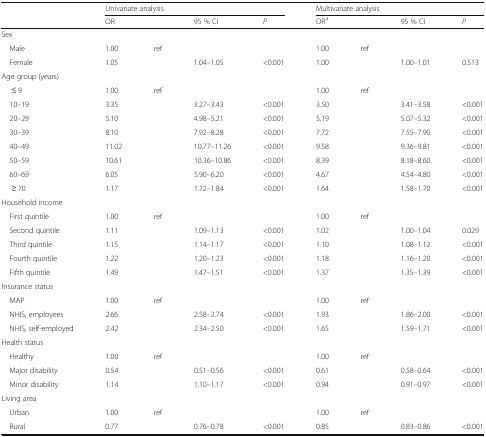
<table><thead><tr><td rowspan="2"></td><td colspan="4"><b>Univariate analysis</b></td><td colspan="4"><b>Multivariate analysis</b></td></tr><tr><td><b>OR</b></td><td></td><td><b>95 % CI</b></td><td><b><i>P</i></b></td><td><b>OR<sup>a</sup></b></td><td></td><td><b>95 % CI</b></td><td><b><i>P</i></b></td></tr></thead><tbody><tr><td colspan="9">Sex</td></tr><tr><td> Male</td><td>1.00</td><td>ref</td><td></td><td></td><td>1.00</td><td>ref</td><td></td><td></td></tr><tr><td> Female</td><td>1.05</td><td></td><td>1.04–1.05</td><td>&lt;0.001</td><td>1.00</td><td></td><td>1.00–1.01</td><td>0.513</td></tr><tr><td colspan="9">Age group (years)</td></tr><tr><td>≤ 9</td><td>1.00</td><td>ref</td><td></td><td></td><td>1.00</td><td>ref</td><td></td><td></td></tr><tr><td> 10–19</td><td>3.35</td><td></td><td>3.27–3.43</td><td>&lt;0.001</td><td>3.50</td><td></td><td>3.41–3.58</td><td>&lt;0.001</td></tr><tr><td> 20–29</td><td>5.10</td><td></td><td>4.98–5.21</td><td>&lt;0.001</td><td>5.19</td><td></td><td>5.07–5.32</td><td>&lt;0.001</td></tr><tr><td> 30–39</td><td>8.10</td><td></td><td>7.92–8.28</td><td>&lt;0.001</td><td>7.72</td><td></td><td>7.55–7.90</td><td>&lt;0.001</td></tr><tr><td> 40–49</td><td>11.02</td><td></td><td>10.77–11.26</td><td>&lt;0.001</td><td>9.58</td><td></td><td>9.36–9.81</td><td>&lt;0.001</td></tr><tr><td> 50–59</td><td>10.61</td><td></td><td>10.36–10.86</td><td>&lt;0.001</td><td>8.39</td><td></td><td>8.18–8.60</td><td>&lt;0.001</td></tr><tr><td> 60–69</td><td>6.05</td><td></td><td>5.90–6.20</td><td>&lt;0.001</td><td>4.67</td><td></td><td>4.54–4.80</td><td>&lt;0.001</td></tr><tr><td>≥ 70</td><td>1.17</td><td></td><td>1.72–1.84</td><td>&lt;0.001</td><td>1.64</td><td></td><td>1.58–1.70</td><td>&lt;0.001</td></tr><tr><td colspan="9">Household income</td></tr><tr><td> First quintile</td><td>1.00</td><td>ref</td><td></td><td></td><td>1.00</td><td>ref</td><td></td><td></td></tr><tr><td> Second quintile</td><td>1.11</td><td></td><td>1.09–1.13</td><td>&lt;0.001</td><td>1.02</td><td></td><td>1.00–1.04</td><td>0.029</td></tr><tr><td> Third quintile</td><td>1.15</td><td></td><td>1.14–1.17</td><td>&lt;0.001</td><td>1.10</td><td></td><td>1.08–1.12</td><td>&lt;0.001</td></tr><tr><td> Fourth quintile</td><td>1.22</td><td></td><td>1.20–1.23</td><td>&lt;0.001</td><td>1.18</td><td></td><td>1.16–1.20</td><td>&lt;0.001</td></tr><tr><td> Fifth quintile</td><td>1.49</td><td></td><td>1.47–1.51</td><td>&lt;0.001</td><td>1.37</td><td></td><td>1.35–1.39</td><td>&lt;0.001</td></tr><tr><td colspan="9">Insurance status</td></tr><tr><td> MAP</td><td>1.00</td><td>ref</td><td></td><td></td><td>1.00</td><td>ref</td><td></td><td></td></tr><tr><td> NHIS, employees</td><td>2.66</td><td></td><td>2.58–2.74</td><td>&lt;0.001</td><td>1.93</td><td></td><td>1.86–2.00</td><td>&lt;0.001</td></tr><tr><td> NHIS, self-employed</td><td>2.42</td><td></td><td>2.34–2.50</td><td>&lt;0.001</td><td>1.65</td><td></td><td>1.59–1.71</td><td>&lt;0.001</td></tr><tr><td colspan="9">Health status</td></tr><tr><td> Healthy</td><td>1.00</td><td>ref</td><td></td><td></td><td>1.00</td><td>ref</td><td></td><td></td></tr><tr><td> Major disability</td><td>0.54</td><td></td><td>0.51–0.56</td><td>&lt;0.001</td><td>0.61</td><td></td><td>0.58–0.64</td><td>&lt;0.001</td></tr><tr><td> Minor disability</td><td>1.14</td><td></td><td>1.10–1.17</td><td>&lt;0.001</td><td>0.94</td><td></td><td>0.91–0.97</td><td>&lt;0.001</td></tr><tr><td colspan="9">Living area</td></tr><tr><td> Urban</td><td>1.00</td><td>ref</td><td></td><td></td><td>1.00</td><td>ref</td><td></td><td></td></tr><tr><td> Rural</td><td>0.77</td><td></td><td>0.76–0.78</td><td>&lt;0.001</td><td>0.85</td><td></td><td>0.83–0.86</td><td>&lt;0.001</td></tr></tbody></table>